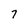
Character: 7